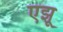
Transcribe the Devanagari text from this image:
एझू